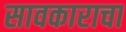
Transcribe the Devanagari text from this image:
सावकाराचा